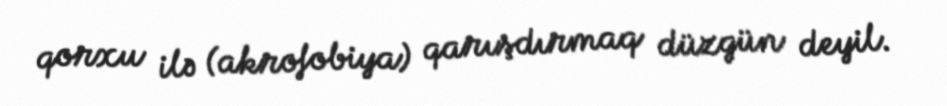
qorxu ilə (akrofobiya) qarışdırmaq düzgün deyil.